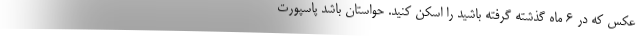
عکس که در 6 ماه گذشته گرفته باشید را اسکن کنید. حواستان باشد پاسپورت